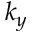
k _ { y }